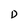
Character: D